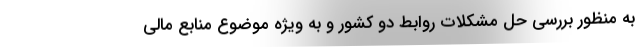
به منظور بررسی حل مشکلات روابط دو کشور و به ویژه موضوع منابع مالی